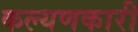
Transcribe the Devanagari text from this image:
कल्यणकारी